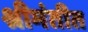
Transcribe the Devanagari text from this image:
श्रीमंतीत